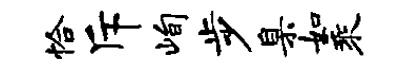
恰斥峋步臬如乘